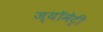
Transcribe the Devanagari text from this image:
ज्यॉमेट्री